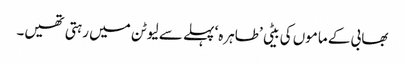
بھابی کے ماموں کی بیٹی ’طاہرہ‘ پہلے سے لیوٹن میں رہتی تھیں۔